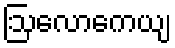
ဩလောကေယျ